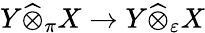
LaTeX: Y{\widehat{\otimes}}_{\pi}X\to Y{\widehat{\otimes}}_{\varepsilon}X